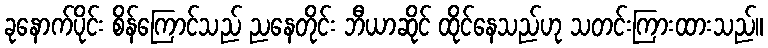
ခုနောက်ပိုင်း စိန်ကြောင်သည် ညနေတိုင်း ဘီယာဆိုင် ထိုင်နေသည်ဟု သတင်းကြားထားသည်။